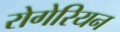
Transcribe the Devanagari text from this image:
रोगेरियन